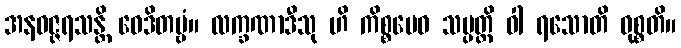
အနဝဇ္ဇရသန္တိ ဝေဒိတဗ္ဗံ။ လက္ခဏာဒီသု ဟိ ကိစ္စမေဝ သမ္ပတ္တိ ဝါ ရသောတိ ဝုစ္စတိ။